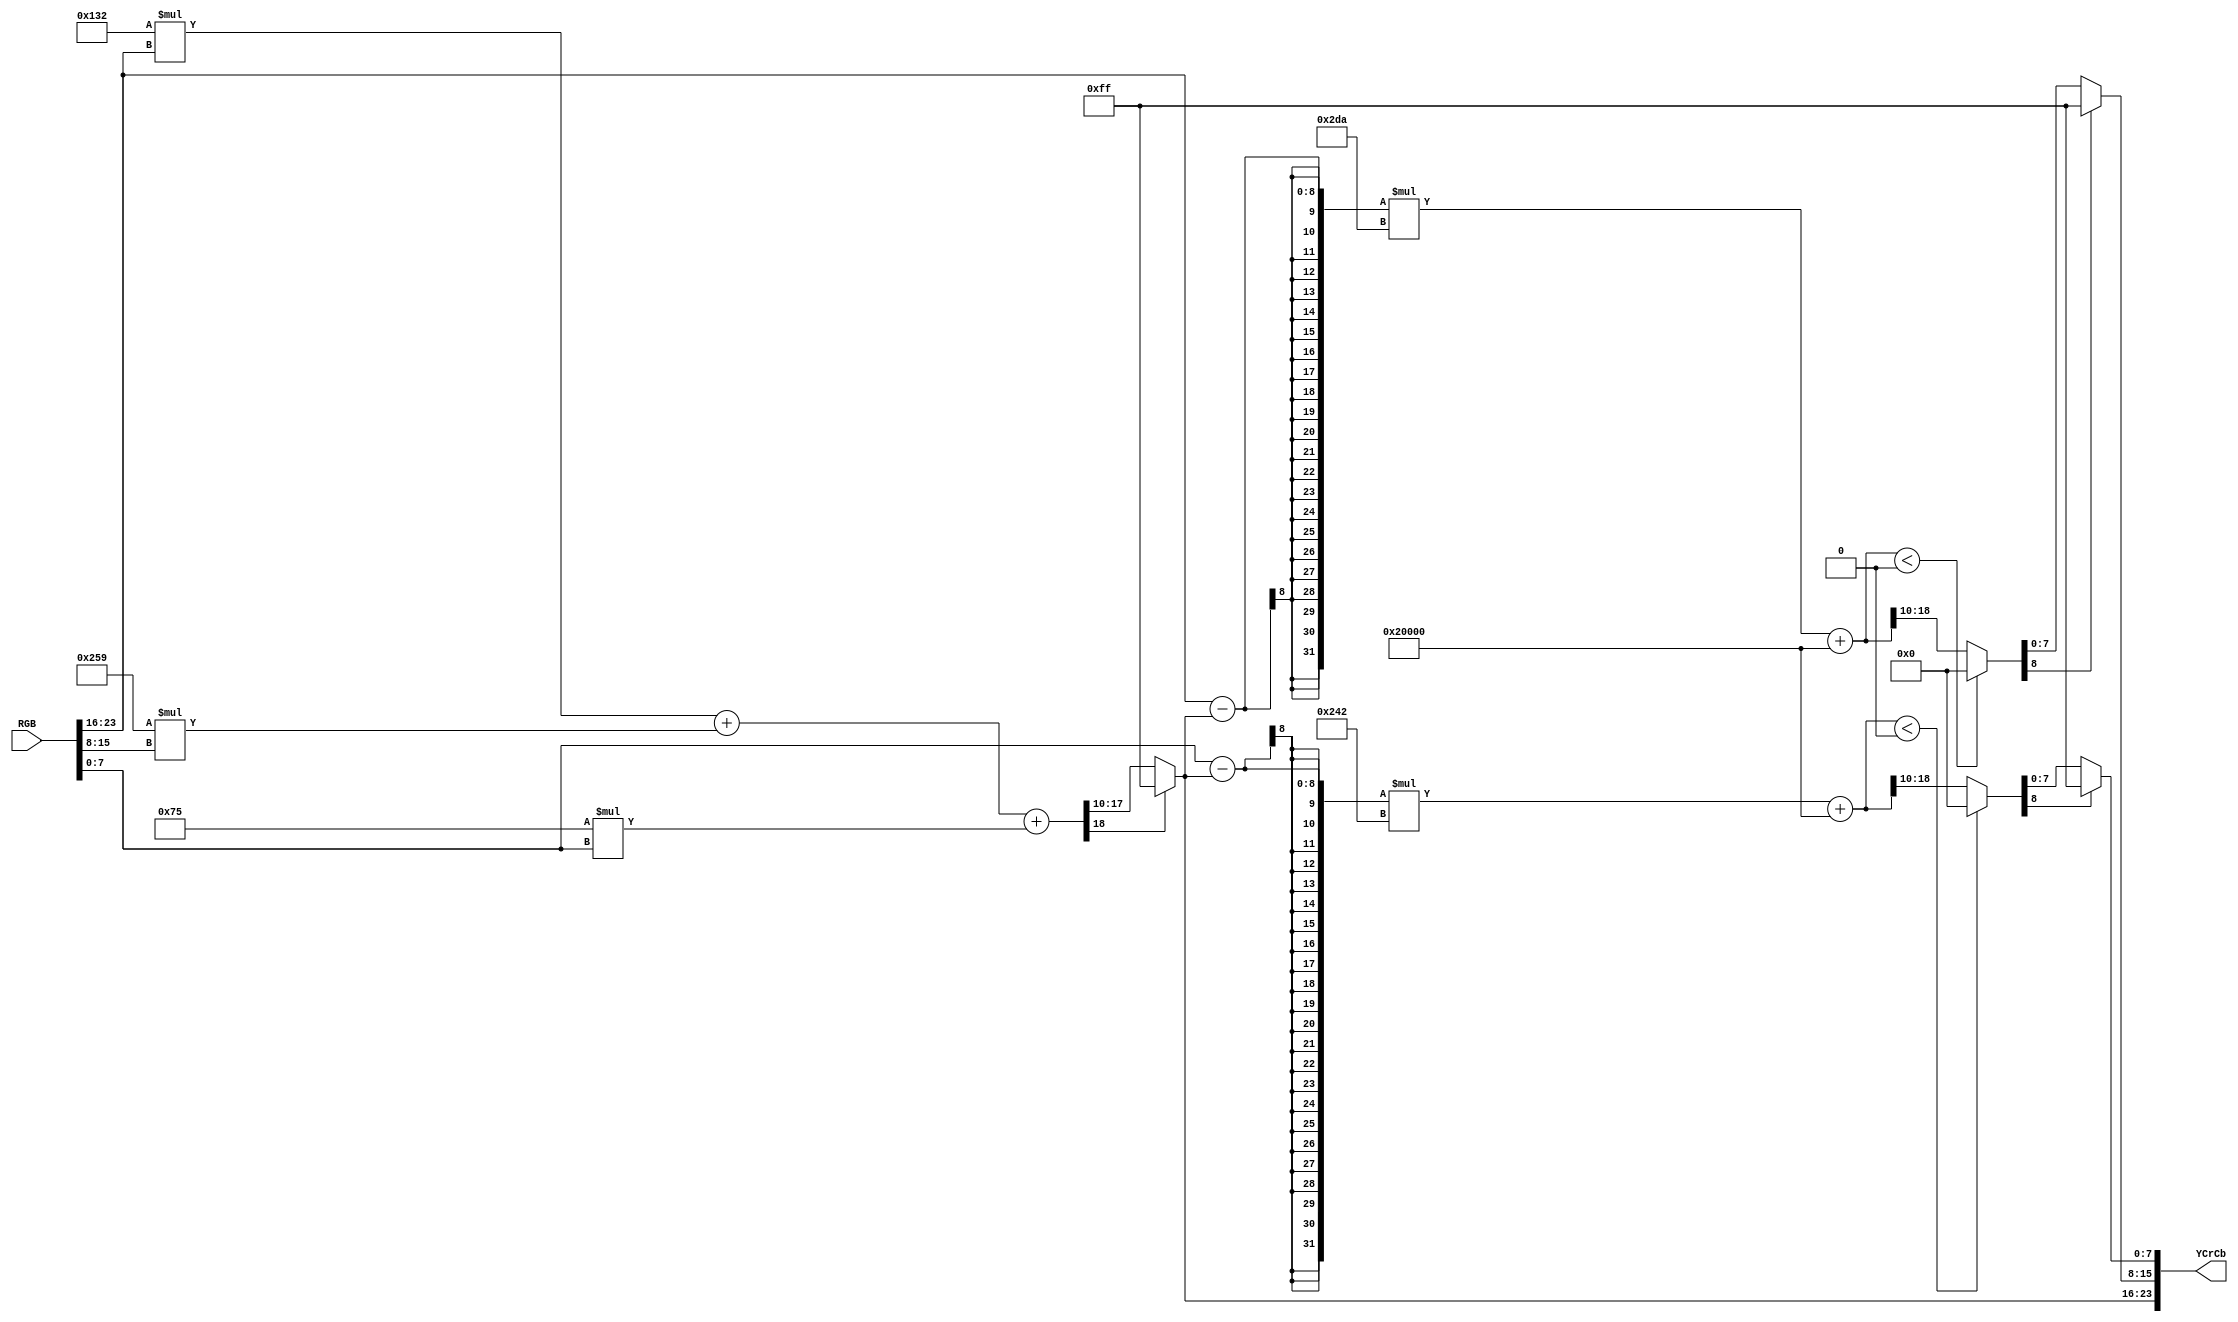
module RGB2YCrCb(RGB, YCrCb);
	input  [23:0] RGB;
	output [23:0] YCrCb;

	wire [7:0] R;
	wire [7:0] G;
	wire [7:0] B;
	wire [7:0] Y;
	wire [7:0] Cr;
	wire [7:0] Cb;
	assign R = RGB[23:16];
	assign G = RGB[15:8];
	assign B = RGB[7:0];
	assign YCrCb = {Y,Cr,Cb};
	
	wire [8:0] Y_tmp;
	assign Y_tmp = (306*R + 601*G + 117*B) >> 10;
	assign Y = (Y_tmp[8]) ? 255 : Y_tmp[7:0];
	
	wire signed [20:0] Cr_tmp_signed;
	wire [8:0] Cr_tmp;
	assign Cr_tmp_signed = (R - Y)*730 + 1024*128;
	assign Cr_tmp = (Cr_tmp_signed<0) ? 0 : (Cr_tmp_signed>>10);
	assign Cr = (Cr_tmp[8]) ? 255 : Cr_tmp[7:0];
	
	wire signed [20:0] Cb_tmp_signed;
	wire [8:0] Cb_tmp;
	assign Cb_tmp_signed = (B - Y)*578 + 1024*128;
	assign Cb_tmp = (Cb_tmp_signed<0) ? 0 : (Cb_tmp_signed>>10);
	assign Cb = (Cb_tmp[8]) ? 255 : Cb_tmp[7:0];

endmodule